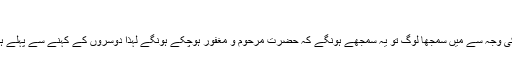
ماوراء, ‏ستمبر 12, 2006
ہوا تو کچھ نہیں ہاں کافی عرصہ غیر حاضر ہونے کی وجہ سے میں سمجھا لوگ تو یہ سمجھے ہونگے کہ حضرت مرحوم و مغفور ہوچکے ہونگے لہذا دوسروں کے کہنے سے پہلے ہی خود کو کہ ڈالا تاکہ دوسرے کہیں تو برا نہ لگے ۔